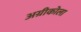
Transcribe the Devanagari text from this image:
अग्रीकोला